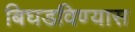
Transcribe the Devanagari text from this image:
बिघडविण्यास